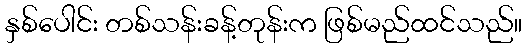
နှစ်ပေါင်း တစ်သန်းခန့်တုန်းက ဖြစ်မည်ထင်သည်။